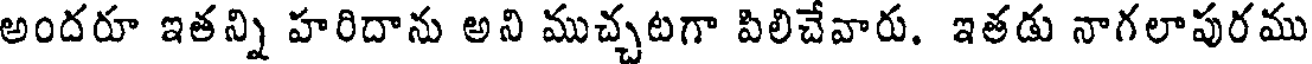
అందరూ ఇతన్ని హరిదాను అని ముచ్చటగా పిలిచేవారు. ఇతడు నాగలాపురము